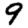
Digit: 9